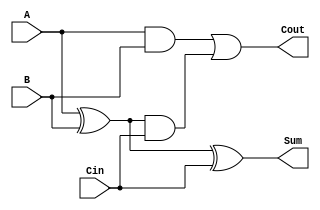
module FA(
    input  A,
    input  B,
    input  Cin, 
    output Sum,
    output Cout);

    wire and1, and2, xor1;

    xor (xor1, A, B);
    and (and1, A, B);
    and (and2, xor1, Cin);
    xor (Sum, xor1, Cin);
    or (Cout, and1, and2);

endmodule